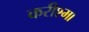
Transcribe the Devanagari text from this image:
करीश्मा